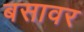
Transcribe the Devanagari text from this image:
बसावर